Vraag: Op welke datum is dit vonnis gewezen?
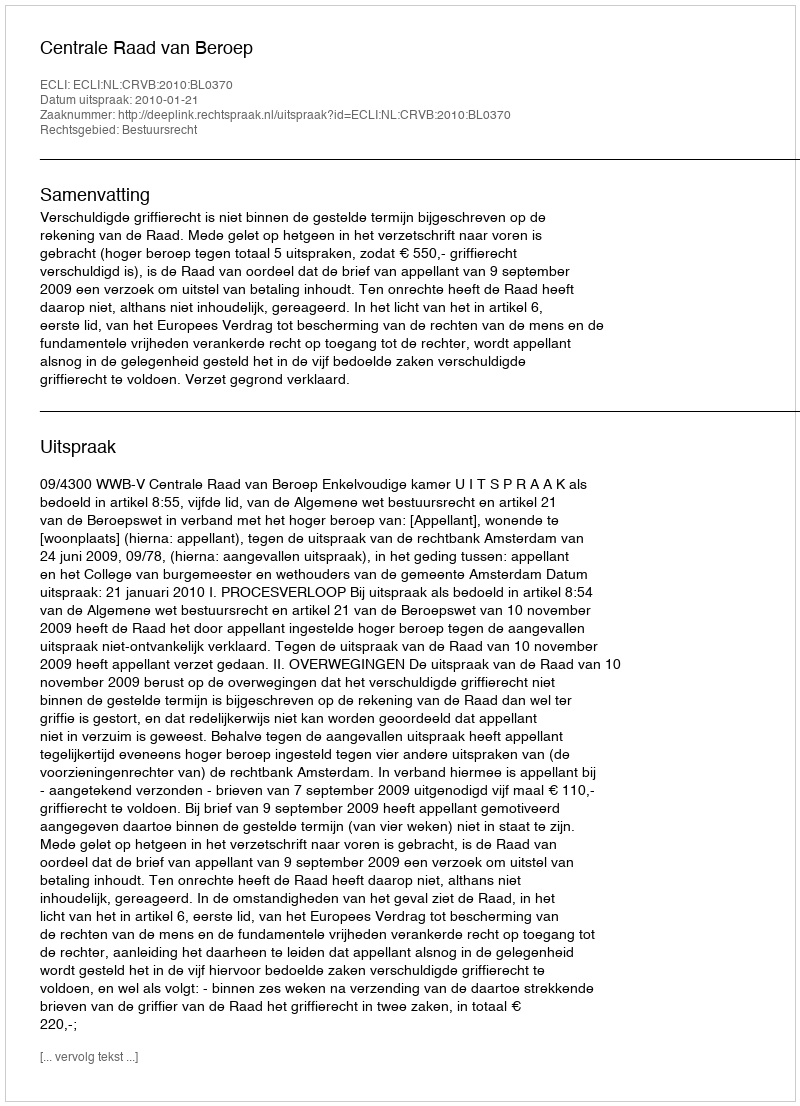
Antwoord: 2010-01-21